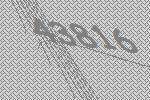
43816